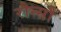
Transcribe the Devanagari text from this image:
रौन्सौ